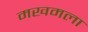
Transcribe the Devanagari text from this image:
मखमला